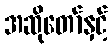
အဆိုတော်နှင့်